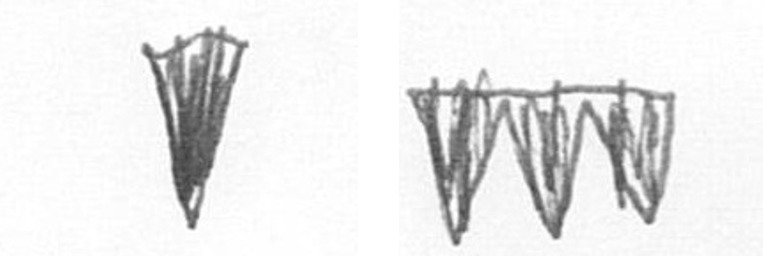
J L